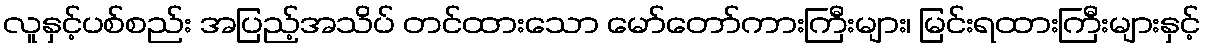
လူနှင့်ပစ်စည်း အပြည့်အသိပ် တင်ထားသော မော်တော်ကားကြီးများ၊ မြင်းရထားကြီးများနှင့်